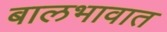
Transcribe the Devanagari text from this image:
बालभावात